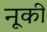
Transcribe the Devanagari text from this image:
नूकी